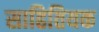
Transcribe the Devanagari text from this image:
साहितियक